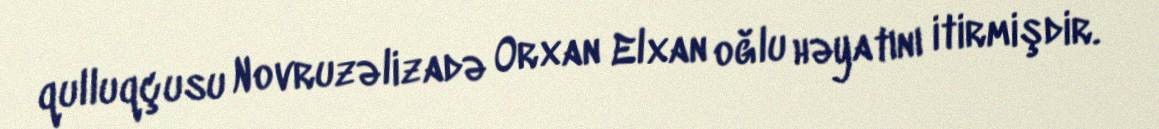
qulluqçusu Novruzəlizadə Orxan Elxan oğlu həyatını itirmişdir.